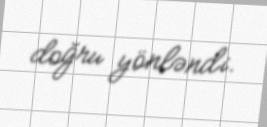
doğru yönləndi.